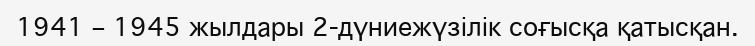
1941 – 1945 жылдары 2-дүниежүзілік соғысқа қатысқан.